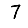
Digit: 7